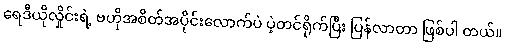
ရေဒီယိုလှိုင်းရဲ့ ဗဟိုအစိတ်အပိုင်းလောက်ပဲ ပဲ့တင်ရိုက်ပြီး ပြန်လာတာ ဖြစ်ပါ တယ်။